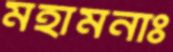
মহামনাঃ